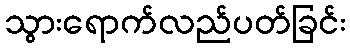
သွားရောက်လည်ပတ်ခြင်း